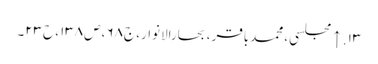
۱۳. ↑ مجلسی، محمدباقر، بحارالانوار، ج۶۸، ص۱۳۸، ح۲۳۔